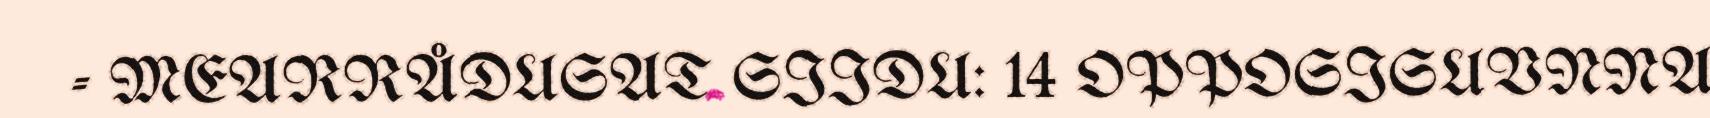
- MEARRÅDUSAT SIIDU: 14 OPPOSISUVNNA